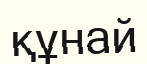
құнай